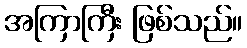
အကြာကြီး ဖြစ်သည်။